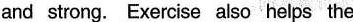
and strong. Exercise also helps the